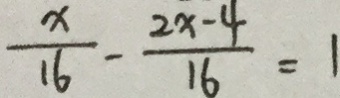
\frac { x } { 1 6 } - \frac { 2 x - 4 } { 1 6 } = 1